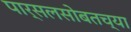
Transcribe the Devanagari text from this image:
पार्सलसोबतच्या